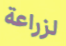
لزراعة